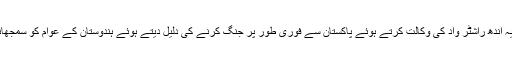
پاکستان کا سوال ہوتو یہ اندھ راشٹر واد کی وکالت کرتے ہوئے پاکستان سے فوری طور پر جنگ کرنے کی دلیل دیتے ہوئے ہندوستان کے عوام کو سمجھانے میںجٹ جاتے ہیں۔